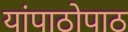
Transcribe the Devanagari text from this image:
यांपाठोपाठ